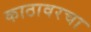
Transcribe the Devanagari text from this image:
काठावरचा